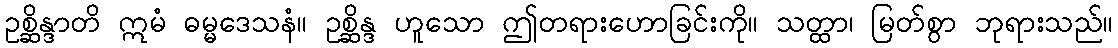
ဥစ္ဆိန္ဒာတိ ဣမံ ဓမ္မဒေသနံ။ ဥစ္ဆိန္ဒ ဟူသော ဤတရားဟောခြင်းကို။ သတ္ထာ၊ မြတ်စွာ ဘုရားသည်။